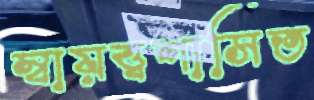
স্বায়ত্ত্বশাসিত